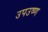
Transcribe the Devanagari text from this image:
उपउष्ण